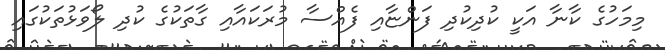
މިމަހުގެ ކާނާ އަކީ ކުދިކުދި ފަންޏާއި ފެއްސާ މުރަކައާއި ގާތަކުގެ ކުދި ލޯވަޅުތަކުގައި